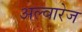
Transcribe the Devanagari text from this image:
अल्वारेज